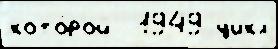
кото́рой  1949 цикл